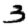
Digit: 3